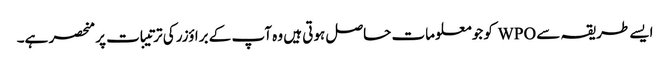
ایسے طریقہ سے WPO کو جو معلومات حاصل ہوتی ہیں وہ آپ کے براؤزر کی ترتیبات پر منحصر ہے۔